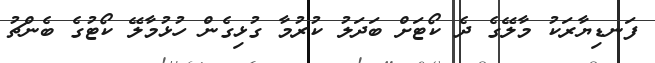
ފަނޑިޔާރަކު މާލޭގެ ދެ ކޯޓަށް ބަދަލު ކުރުމާ ގުޅިގެން ހުޅުމާލޭ ކޯޓުގެ ބެންޗު